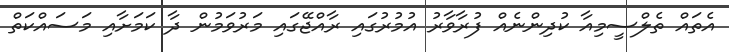
އެތައް ތެލްސީމިއާ ކުދިންނެއް ފުރާވާރުު އުމުރުގައި ރާއްޖޭގައި މަރުވަމުން ދާ ކަމަށާއި މަސައްކަތް